Ajaleht_Uus_Ilm, lk 11
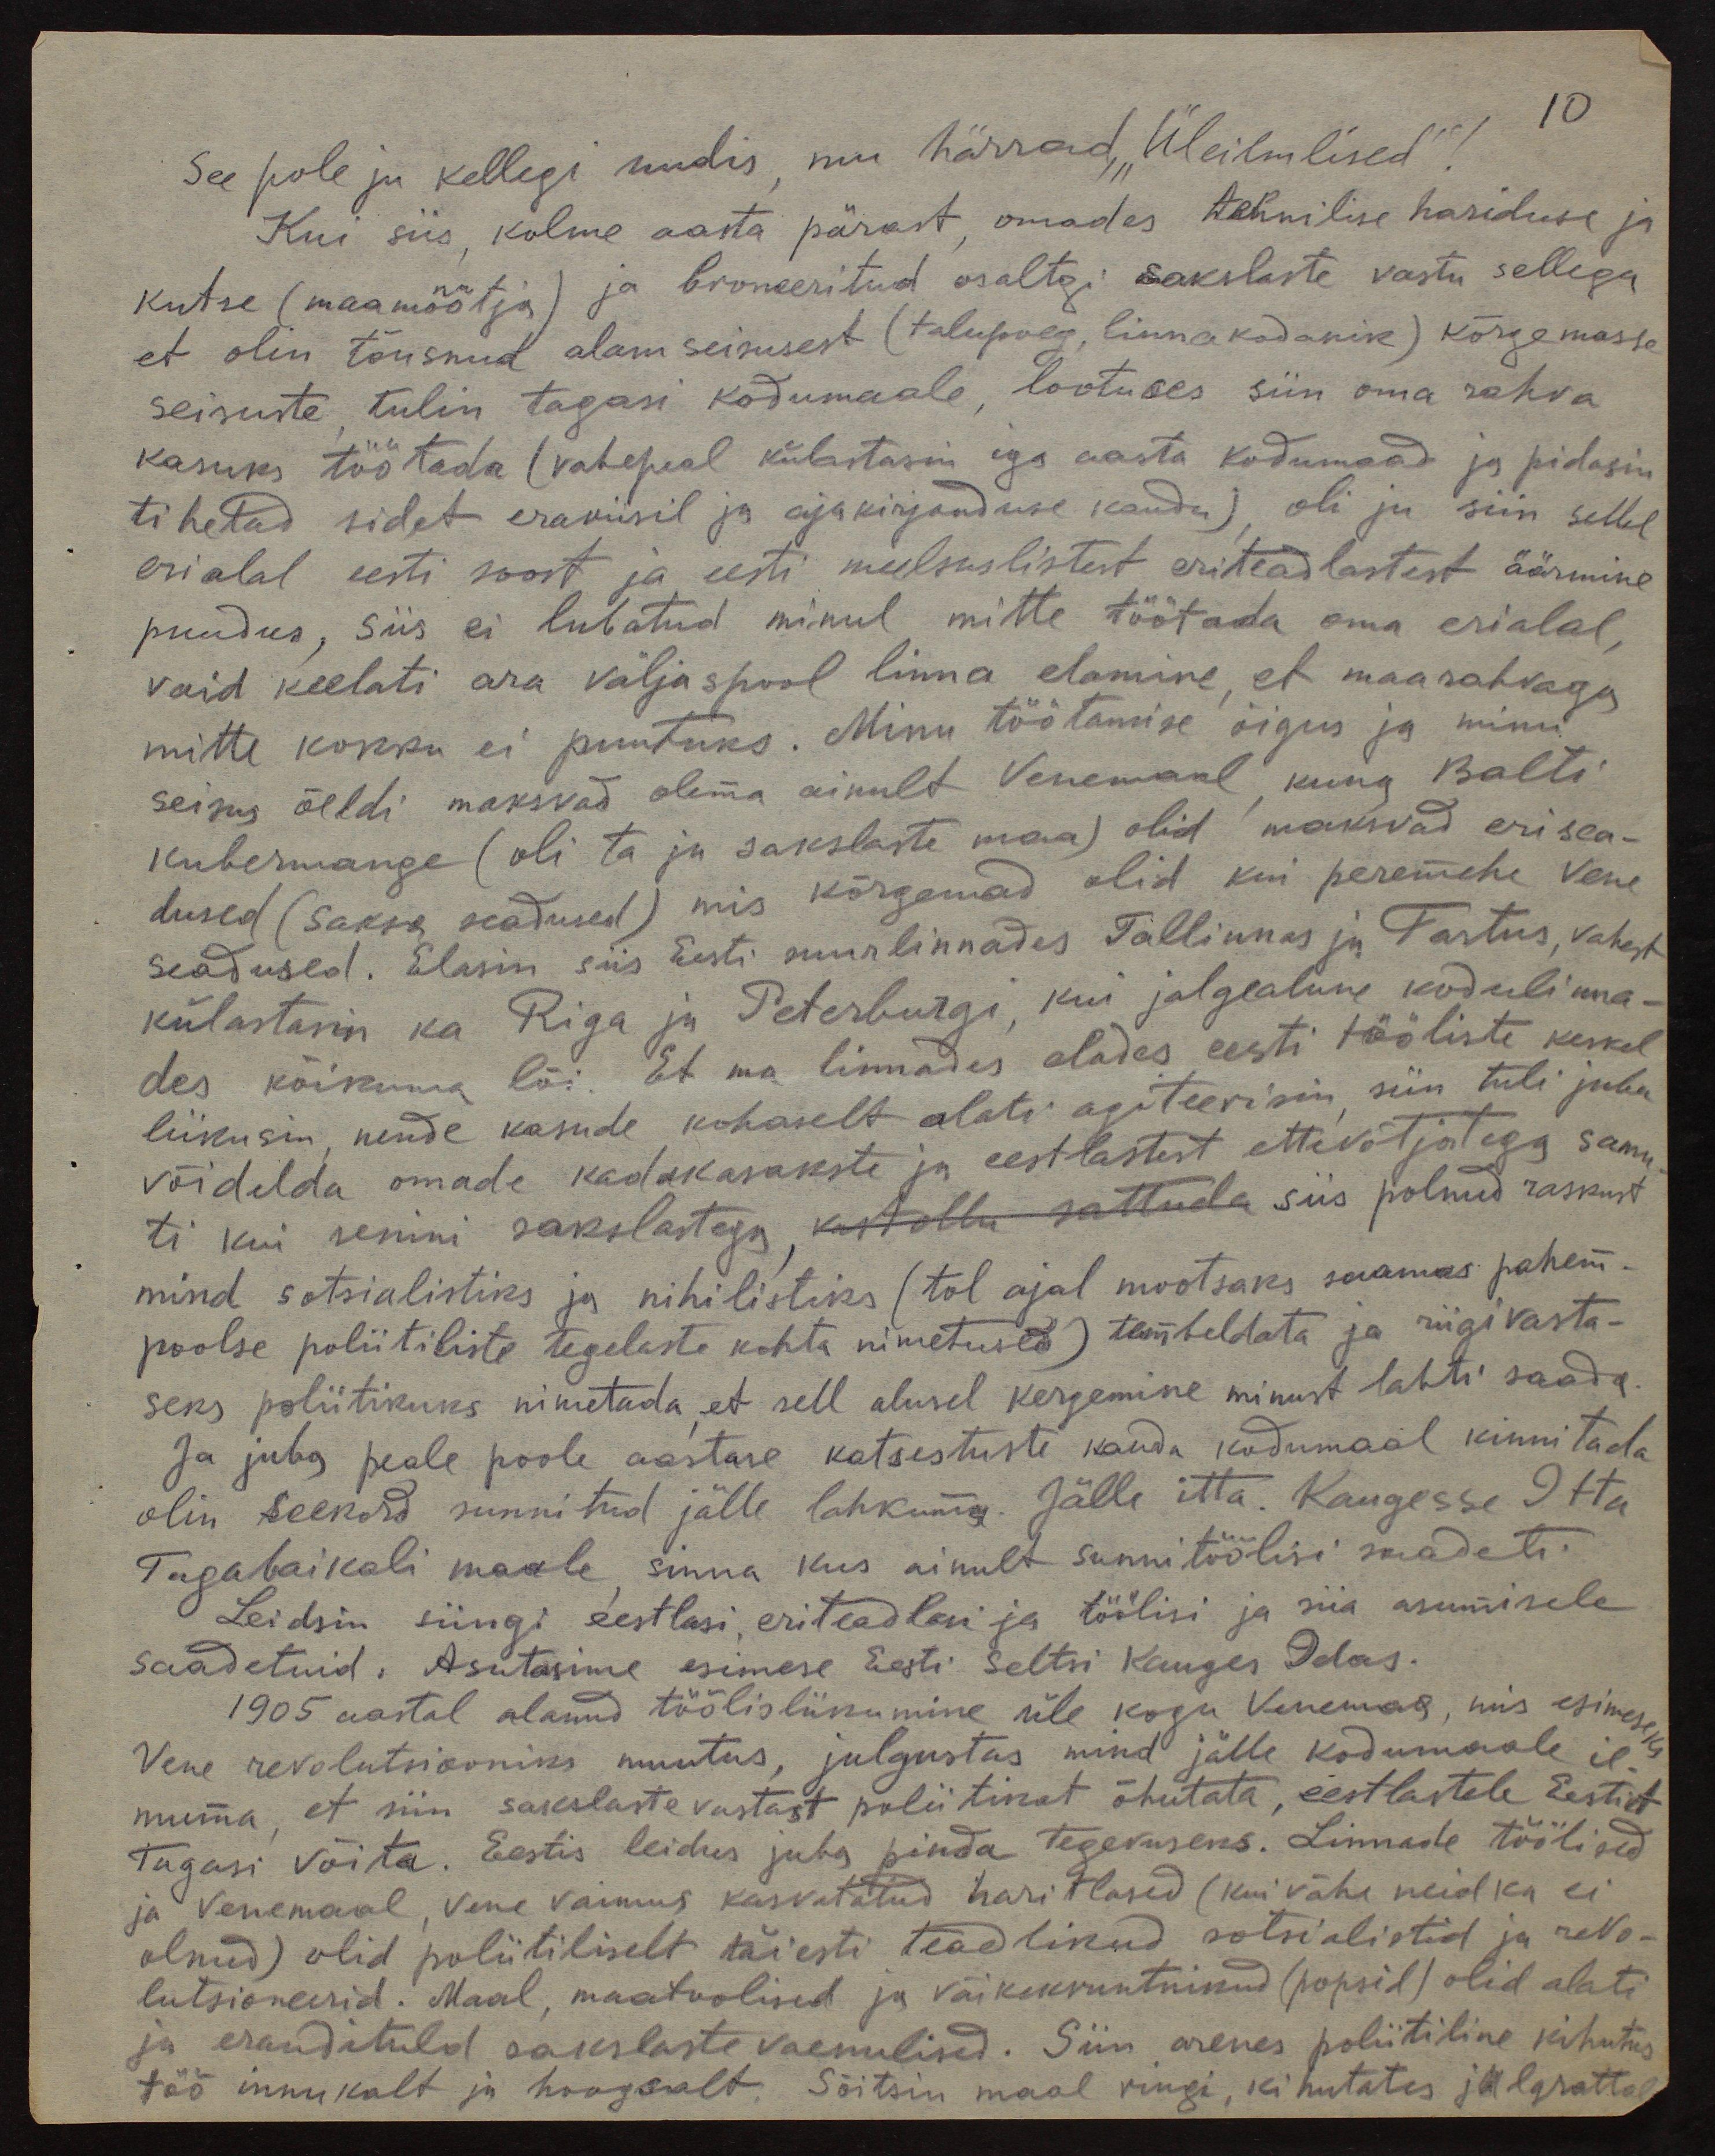
See pole ju kellegi uudis, mu härrad "Üleilmlised""
Kui siis, kolme aasta pärast, omades tehnilise hariduse ja
kutse (maamõõtja) ja broneeritud osaltgi sakslaste vastu sellega
et olin tõusnud alam seisusest (talupoeg, linnakodanik) kõrgemasse
seisuste tulin tagasi kodumaale, lootuses siin oma rahva
kasuks töötada (vahepeal külastasin iga aasta kodumaad ja pidasin
tihetad sidet eraviisil ja ajakirjanduse kaudu) oli ju siin sellel
erialal eesti soost ja eesti meelsuslistest eriteadlastest äärmine
puudus, siis ei lubatud minul mitte töötada oma erialal
vaid keelati ara väljaspool linna elamine, et maarahvaga
mitte kokku ei puutuks. Minu töötamise õigus ja minu
seisus öeldi maksvad olema ainult Venemaal, kuna Balti
kubermange (oli ta ja sakslaste maa) olid maksvad erisea-
dused (saksa seadused) mis kõrgemad olid kui peremehe Vene
seadused. Elasin siis Eesti suurlinnades Tallinnas ja Tartus, vahest
külastasin ka Riga ja Peterburgi, kui jalgealune kodulinna-
des kõikuma lõi. Et ma linnades elades eesti tööliste keskel
liikusin nende kasude kohaselt alati agiteerisin, siin tuli juba
võidelda omade kadakasakste ja eestlastest ettevõtjatega samu
ti kui senini sakslastega vastollu sattuda siis polnud raskust
mind sotsialistiks ja nihilistiks (tol ajal mootsaks saamas pahem-
poolse poliitiliste tegelaste kohta nimetused) tembeldata ja riigivasta-
seks poliitikuks nimetada, et sell alusel kergemine minust lahti saada.
Ja juba peale poole aastase katsestuste kanda kodumaal kinnitada
olin seekord sunnitud jälle lahkuma. Jälle ita. Kangesse Itta
Tagabaikali maale, sinna kus ainult sunnitöölisi saadeti
Leidsin siingi eestlasi, eriteadlasi ja töölisi ja siia asumisele
saadetuid. Asutasime esimese Eesti Seltsi Kauges Idas.
1905 aastal alanud töölisliikumine üle kogu Venemaa, mis esimeseks
Vene revolutsiooniks muutus, julgustas mind jälle kodumaale il-
muma, et siin sakslaste vastast poliitikat õhutata, eestlastele Eestit
tagasi võita. Eestis leidus juba pinda tegevuseks. Linnade töölised
ja Venemaal, Vene vaimus kasvatatud haritlased (kui vähe neid ka ei
olnud) olid poliitiliselt täiesti teadlikud sotsialistid ja revo-
lutsioneerid. Maal, maatoolised ja väikekruntnikud ( popsid) olid alati
ja erandituld sakslaste vaenulised. Siin arenes poliitiline kihutus
töö innukalt ja hoogsalt. Sõitsin maal ringi, kihutates jalgrattal